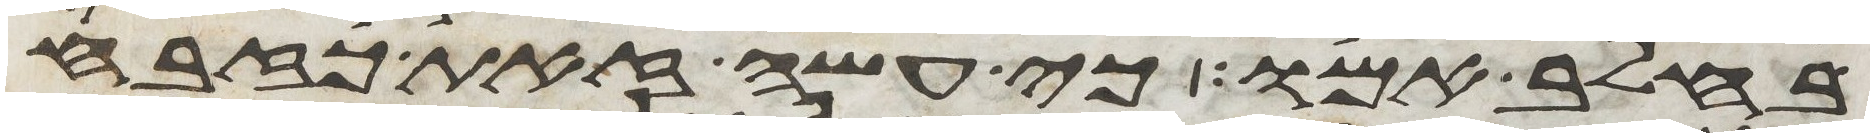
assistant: בחלב אמו כי עשה זאת כזבח